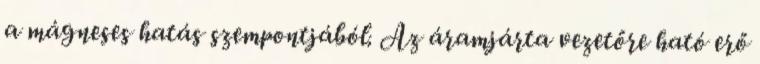
a mágneses hatás szempontjából. Az áramjárta vezetőre ható erő